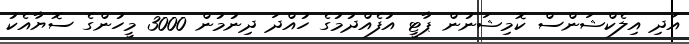
އަދި އިލެކްޝަންސް ކޮމިޝަނުން ޕާޓީ އުފެއްދުމުގެ ހުއްދަ ދިނުމުން 3000 މީހުންގެ ސޮޔާއެކު